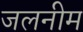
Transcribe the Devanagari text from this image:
जलनीम